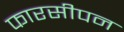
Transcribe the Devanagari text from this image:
फारसीपन